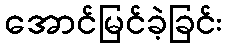
အောင်မြင်ခဲ့ခြင်း